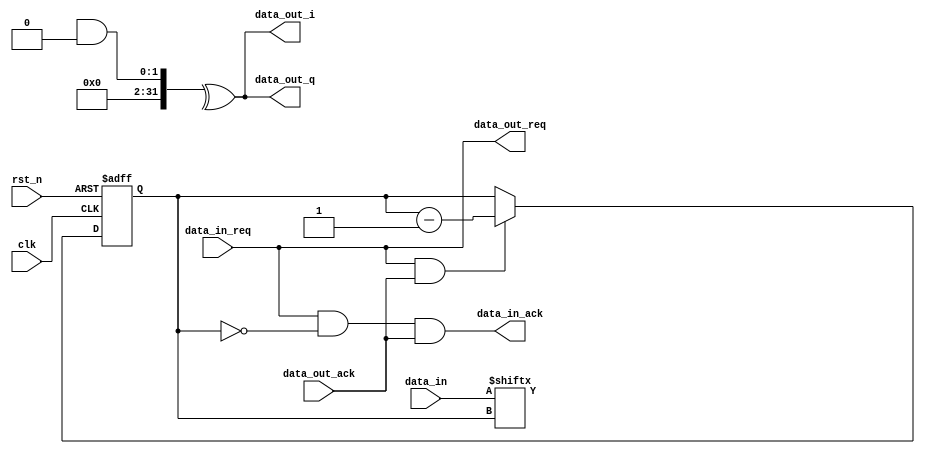
//------------------------------------------------------------------------------
//
// Copyright 2011, Benjamin Gelb. All Rights Reserved.
// See LICENSE file for copying permission.
//
//------------------------------------------------------------------------------
//
//
// Brief Description:
//  Simple 1/2 rate convolutional encoder.
//
//------------------------------------------------------------------------------

`ifndef _ZL_CONV_ENCODER_V_
`define _ZL_CONV_ENCODER_V_

module zl_conv_encoder #
(
    parameter I_poly = 0,
    parameter Q_poly = 0,
    parameter K = 0
)
(
    input clk,
    input rst_n,
    //
    input  [7:0]    data_in,
    input           data_in_req,
    output          data_in_ack,
    //
    output data_out_i,
    output data_out_q,
    output data_out_req,
    input  data_out_ack
);

integer i;

reg [2:0] in_bit_sel;
wire stall;

reg [K-1:0] shift_reg;

always @(*) begin
    shift_reg[K-1] = data_in[in_bit_sel];
end

always @(posedge clk or negedge rst_n) begin
    if(!rst_n) begin
        for(i=0;i<K-1;i=i+1) begin
            shift_reg[i] <= 1'b0;
        end
    end
    else if(!stall) begin
        for(i=0;i<K-1;i=i+1) begin
            shift_reg[i] <= shift_reg[i+1];
        end
    end
end

always @(posedge clk or negedge rst_n) begin
    if(!rst_n) begin
        in_bit_sel <= 3'b111; // MSB first
    end
    else if(!stall) begin
        in_bit_sel <= in_bit_sel - 1'b1;
    end
end

assign data_out_req = data_in_req;
assign data_in_ack = data_in_req && (in_bit_sel == 3'b000) && data_out_ack;
assign stall = !(data_in_req && data_out_ack);

assign data_out_i = ^(shift_reg & I_poly);
assign data_out_q = ^(shift_reg & Q_poly);

endmodule // zl_conv_encoder

`endif // _ZL_CONV_ENCODER_V_